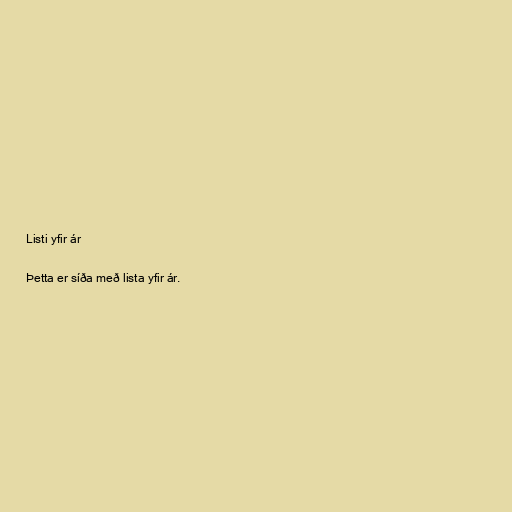
Listi yfir ár

Þetta er síða með lista yfir ár.